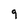
Character: 9